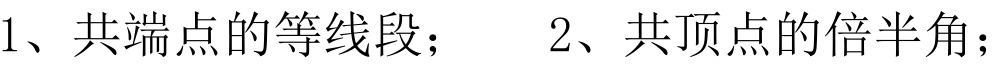
1、共端点的等线段； 2、共顶点的倍半角；